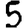
Digit: 5